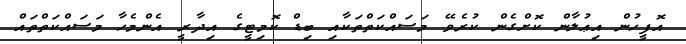
އޮފީހުން އިޢުލާން ކޮށްގެން ކުރެވޭ މަސައްކަތްތަކާއި ބިޑް ކޮމިޓީގެ އިދާރީ އެންމެހާ މަސައްކަތްތައް